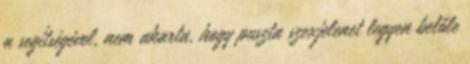
a segítségével, nem akarta, hogy puszta szexjelenet legyen belőle